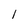
Character: 1